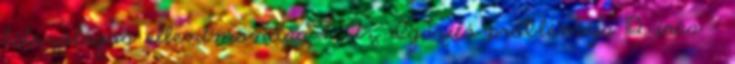
látszólagos ellentmondás 7. Az Igazító problémája 112. írás -